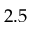
2 . 5